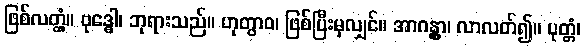
ဖြစ်လတ္တံ့။ ဗုဒ္ဓေါ၊ ဘုရားသည်။ ဟုတွာဝ၊ ဖြစ်ပြီးမှလျှင်။ အာဂန္တွာ၊ လာလတ်၍။ ပုတ္တံ၊